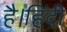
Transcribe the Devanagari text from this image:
है।हिंदी